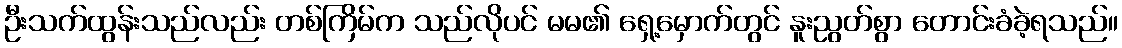
ဦးသက်ထွန်းသည်လည်း တစ်ကြိမ်က သည်လိုပင် မမ၏ ရှေ့မှောက်တွင် နူးညွတ်စွာ တောင်းခံခဲ့ရသည်။